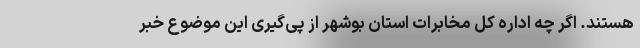
هستند. اگر چه اداره کل مخابرات استان بوشهر از پی‌گیری این موضوع خبر